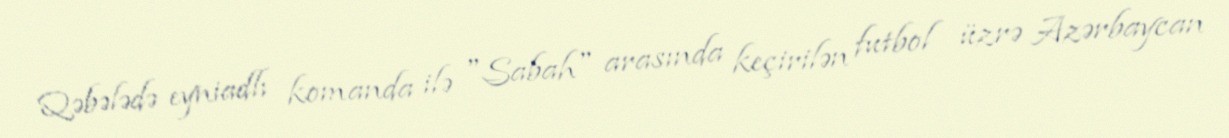
Qəbələdə eyniadlı komanda ilə "Sabah" arasında keçirilən futbol üzrə Azərbaycan